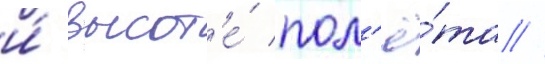
и́ высот'е́ пол'ё́та //